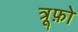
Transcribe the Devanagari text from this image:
त्रूफ़ो